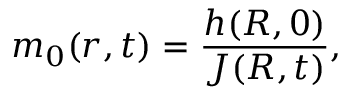
m _ { 0 } ( r , t ) = \frac { h ( R , 0 ) } { J ( R , t ) } ,